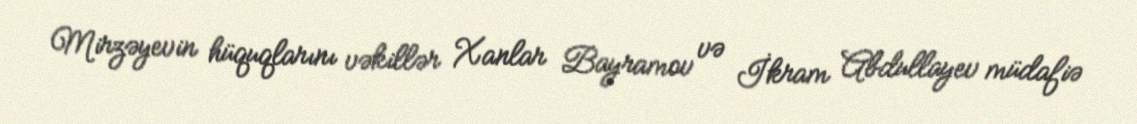
Mirzəyevin hüquqlarını vəkillər Xanlar Bayramov və İkram Abdullayev müdafiə